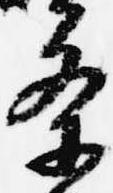
条